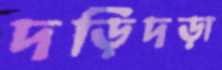
দড়িদড়া